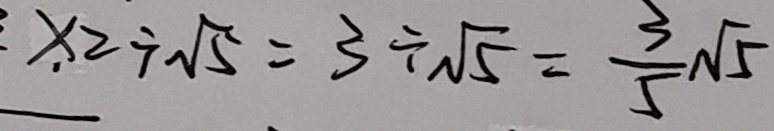
x _ { 2 } \div \sqrt { 5 } = 3 \div \sqrt { 5 } = \frac { 3 } { 5 } \sqrt { 5 }